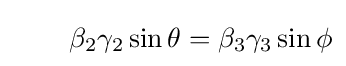
\quad \quad \beta _{2}\gamma _{2}\sin {\theta }=\beta _{3}\gamma _{3}\sin {\phi }